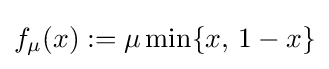
f_{\mu }(x):=\mu \min\{x,\,1-x\}